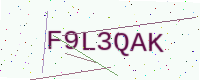
Text: F9L3QAK